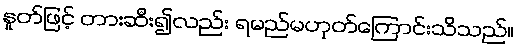
နှုတ်ဖြင့် တားဆီး၍လည်း ရမည်မဟုတ်ကြောင်းသိသည်။